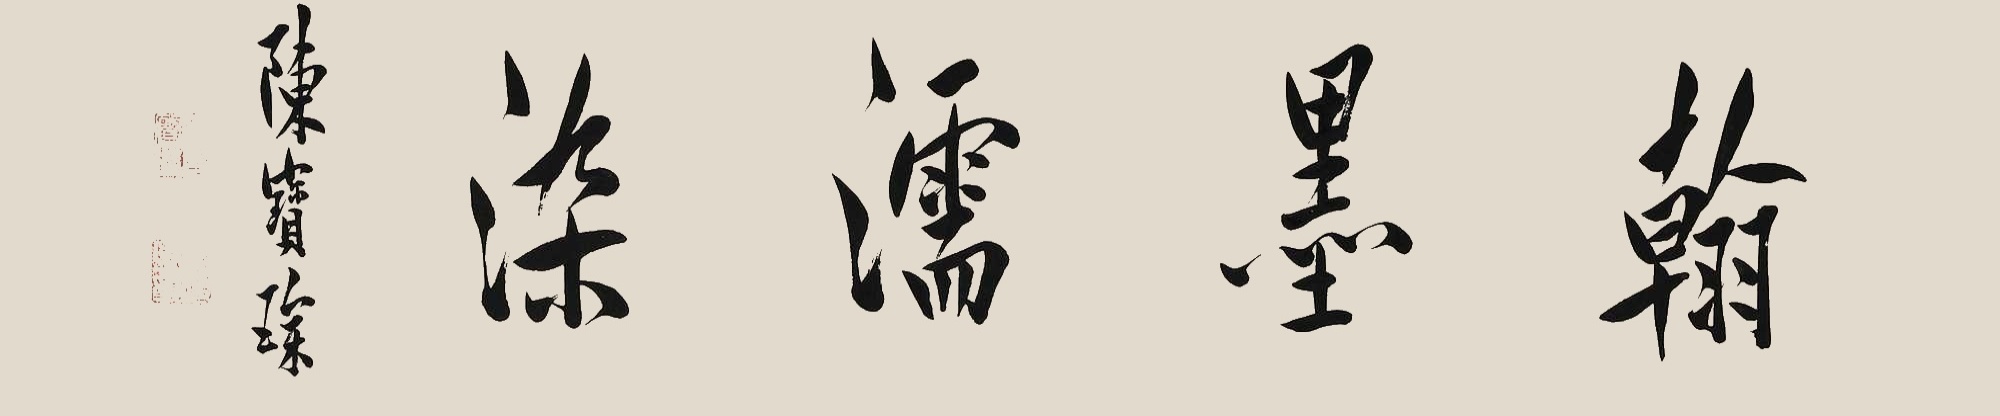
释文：翰墨濡染。陈宝琛。